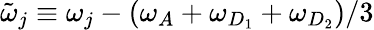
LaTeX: \tilde{\omega}_{j}\equiv\omega_{j}-(\omega_{A}+\omega_{D_{1}}+\omega_{D_{2}})/3